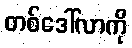
တစ်ဒေါ်လာကို